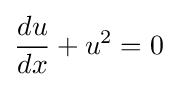
{\frac {du}{dx}}+u^{2}=0